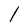
Character: l